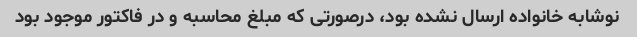
نوشابه خانواده ارسال نشده بود، درصورتی که مبلغ محاسبه و در فاکتور موجود بود